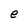
Character: e